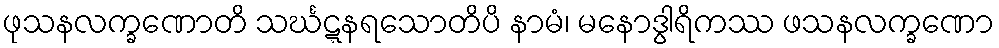
ဖုသနလက္ခဏောတိ သင်္ဃဋ္ဋနရသောတိပိ နာမံ၊ မနောဒွါရိကဿ ဖသနလက္ခဏော